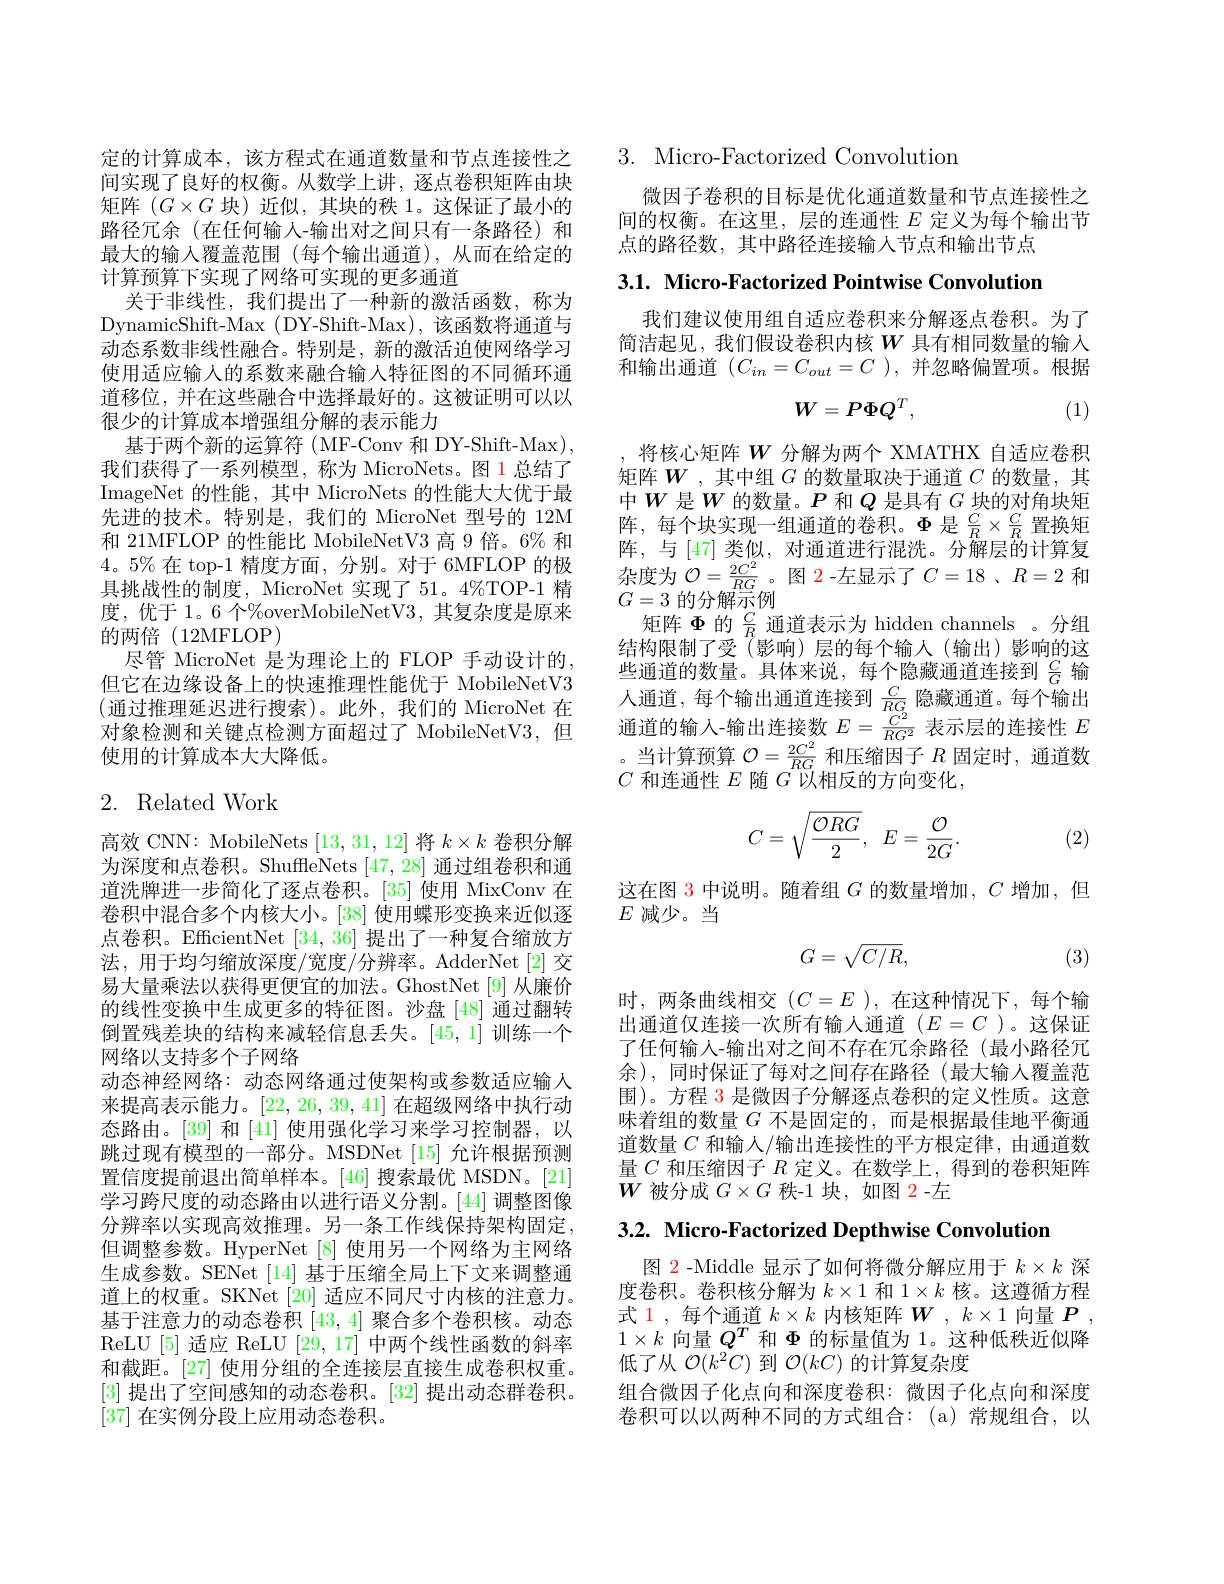
定的计算成本，该方程式在通道数量和节点连接性之间实现了良好的权衡。从数学上讲，逐点卷积矩阵由块矩阵$(G\times G$块)近似，其块的秩 1。这保证了最小的路径冗余(在任何输入-输出对之间只有一条路径)和最大的输入覆盖范围(每个输出通道),从而在给定的计算预算下实现了网络可实现的更多通道
关于非线性，我们提出了一种新的激活函数，称为DynamicShift-Max (DY-Shift-Max),该函数将通道与动态系数非线性融合。特别是，新的激活迫使网络学习使用适应输入的系数来融合输入特征图的不同循环通道移位，并在这些融合中选择最好的。这被证明可以以很少的计算成本增强组分解的表示能力
基于两个新的运算符 ( MF-Conv 和 DY-Shift-Max), 我们获得了一系列模型，称为 MicroNets。图 1 总结了ImageNet 的性能，其中 MicroNets 的性能大大优于最先进的技术。特别是，我们的 MicroNet 型号的 12M 和 21MFLOP 的性能比 MobileNetV3 高 9 倍。6% 和4。5%在 top-1 精度方面，分别。对于 6MFLOP 的极具挑战性的制度，MicroNet 实现了 51。4%TOP-1 精度，优于 1。6 个%overMobileNetV3,其复杂度是原来的两倍(12MFLOP)
尽管 MicroNet 是为理论上的 FLOP 手动设计的， 但它在边缘设备上的快速推理性能优于 MobileNetV3 (通过推理延迟进行搜索)。此外，我们的 MicroNet 在对象检测和关键点检测方面超过了 MobileNetV3, 但使用的计算成本大大降低。

## 2. Related Work

高效 CNN: MobileNets [13,31,12]将$k\times k$卷积分解为深度和点卷积。ShuffleNets [47,28] 通过组卷积和通道洗牌进一步简化了逐点卷积。[35] 使用 MixConv 在卷积中混合多个内核大小。[38] 使用蝶形变换来近似逐点卷积。EfficientNet [34,36]提出了一种复合缩放方法，用于均匀缩放深度/宽度/分辨率。AdderNet[2]交易大量乘法以获得更便宜的加法。GhostNet[9]从廉价的线性变换中生成更多的特征图。沙盘 [48] 通过翻转倒置残差块的结构来减轻信息丢失。[45,1]训练一个网络以支持多个子网络
动态神经网络：动态网络通过使架构或参数适应输人来提高表示能力。[22,26,39,41]在超级网络中执行动态路由。[39] 和 [41] 使用强化学习来学习控制器，以跳过现有模型的一部分。MSDNet[15] 允许根据预测置信度提前退出简单样本。[46] 搜索最优 MSDN。[21] 学习跨尺度的动态路由以进行语义分割。[44] 调整图像分辨率以实现高效推理。另一条工作线保持架构固定， 但调整参数。HyperNet [8] 使用另一个网络为主网络生成参数。SENet [14] 基于压缩全局上下文来调整通道上的权重。SKNet[20] 适应不同尺寸内核的注意力。基于注意力的动态卷积[43,4]聚合多个卷积核。动态ReLU [5] 适应 ReLU [29, 17] 中两个线性函数的斜率和截距。[27] 使用分组的全连接层直接生成卷积权重。[3]提出了空间感知的动态卷积。[32] 提出动态群卷积。[37]在实例分段上应用动态卷积。

## $3.{\mathrm{~Micro-Factorized~Convolution}}$

微因子卷积的目标是优化通道数量和节点连接性之间的权衡。在这里，层的连通性$E$定义为每个输出节点的路径数，其中路径连接输入节点和输出节点

3.1. Micro-Factorized Pointwise Convolution

我们建议使用组自适应卷积来分解逐点卷积。为了简洁起见，我们假设卷积内核$W$ 具有相同数量的输入和输出通道$(C_{in}=C_{out}=C$ ),并忽略偏置项。根据
$$W=P\Phi Q^T,$$
(1)

将核心矩阵$W$分解为两个 XMATHX 自适应卷积矩阵$W$ ,其中组$G$的数量取决于通道$C$的数量，其中$W$是$W$的数量。$P$和$Q$是具有$G$块的对角块矩阵，每个块实现一组通道的卷积。$\Phi$是$\frac CR\times\frac CR$置换矩阵，与[47] 类似，对通道进行混洗。分解层的计算复杂度为$\mathcal{O}=\frac{2C^{2}}{RG}$。图 2-左显示了$C=18$ 、$R=2$和$G=3$的分解示例
矩阵$\Phi$的$\frac CR$通道表示为 hidden channels 。分组结构限制了受 $\tilde{(}$影响)层的每个输人(输出)影响的这些通道的数量。具体来说，每个隐藏通道连接到$\frac CG$输人通道，每个输出通道连接到$\frac C{RG}$ 隐藏通道。每个输出通道的输入-输出连接数$E=\frac{C^2}{RG^2}$表示层的连接性$E$ 。当计算预算$\mathcal{O}=\frac{2C^2}{RG}$和压缩因子$R$固定时，通道数$C$和连通性$E$随$G$以相反的方向变化，
$$C=\sqrt{\frac{\mathcal{O}RG}{2}},\:E=\frac{\mathcal{O}}{2G}.$$
(2)

这在图 3 中说明。随着组 $G$ 的数量增加$,C$ 增加，但
$E$减少。当
$$G=\sqrt{C/R},$$
(3)

时，两条曲线相交$(C=E$ ),在这种情况下，每个输出通道仅连接一次所有输人通道$(E=C$ )。这保证了任何输入-输出对之间不存在冗余路径(最小路径冗余),同时保证了每对之间存在路径(最大输入覆盖范围)。方程 3 是微因子分解逐点卷积的定义性质。这意味着组的数量$G$不是固定的，而是根据最佳地平衡通道数量 $C$ 和输人/输出连接性的平方根定律，由通道数量$C$和压缩因子$R$定义。在数学上，得到的卷积矩阵$W$被分成$G\times G$秩-1 块，如图 2-左

3.2. Micro-Factorized Depthwise Convolution

图 2 -Middle 显示了如何将微分解应用于$k\times k$深度卷积。卷积核分解为$k\times1$和$1\times k$核。这遵循方程式 1,每个通道$k\times k$内核矩阵$\boldsymbol W,k\times1$向量$P$, $1\times k$向量$Q^T$和$\Phi$的标量值为 1。这种低秩近似降低了从$\mathcal{O}(k^2C)$到$\mathcal{O}(kC)$的计算复杂度
组合微因子化点向和深度卷积：微因子化点向和深度卷积可以以两种不同的方式组合：(a)常规组合，以